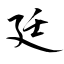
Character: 廷